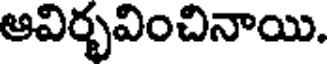
ఆవిర్భవించినాయి.